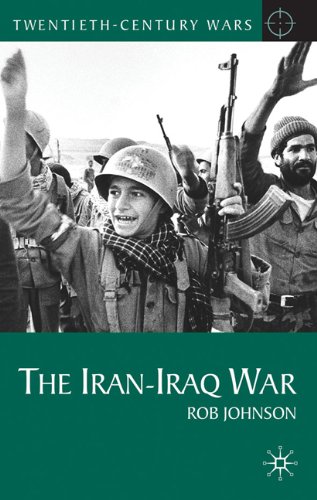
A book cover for The Iran-Iraq War (Twentieth Century Wars); Rob Johnson; History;